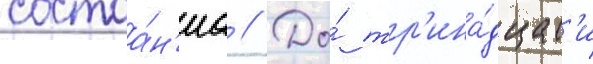
состоа́н'иа // До́ тр'ина́дцат'и